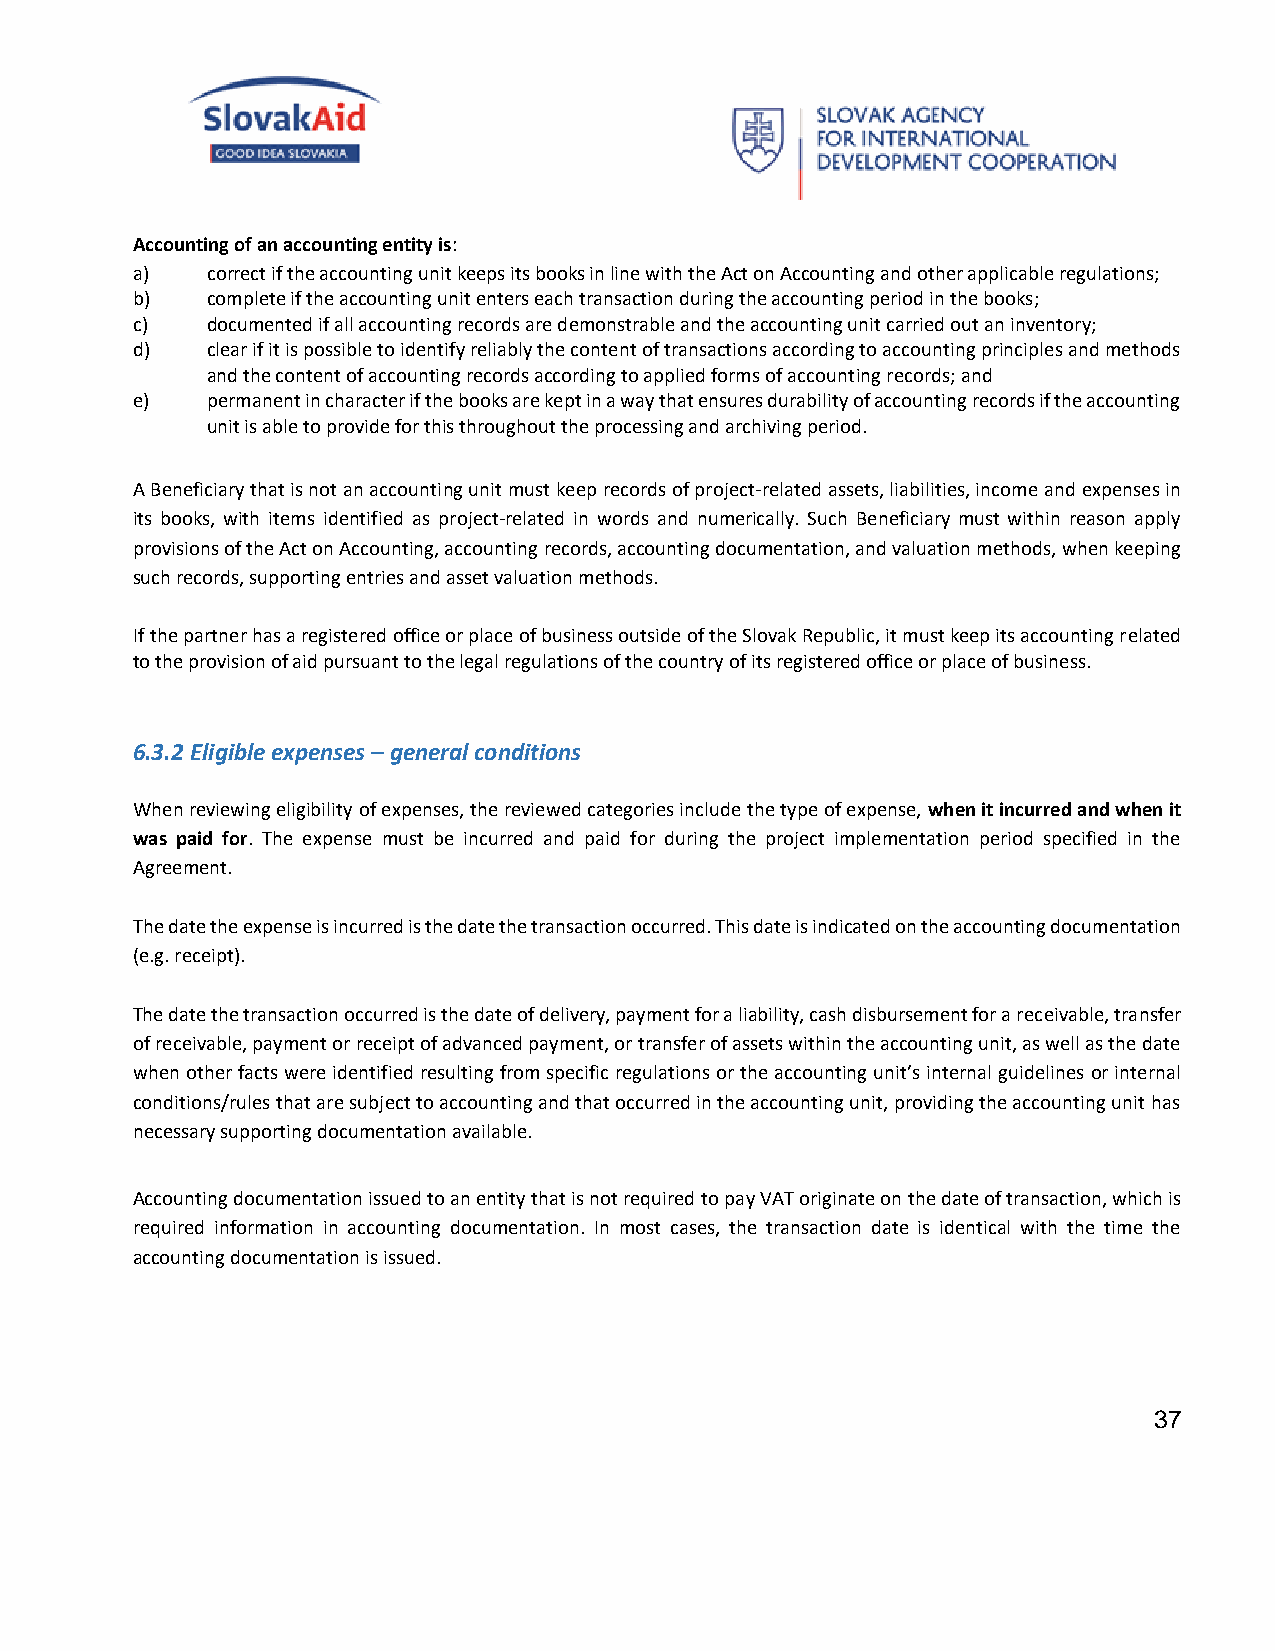
Accounting of an accounting entity is:
 a)   correct if the accounting unit keeps its books in line with the Act on Accounting and other applicable regulations;
 b)   complete if the accounting unit enters each transaction during the accounting period in the books;
 c)   documented if all accounting records are demonstrable and the accounting unit carried out an inventory;
 d)   clear if it is possible to identify reliably the content of transactions according to accounting principles and methods
 and the content of accounting records according to applied forms of accounting records; and
 e)   permanent in character if the books are kept in a way that ensures durability of accounting records if the accounting
 unit is able to provide for this throughout the processing and archiving period.
 A Beneficiary that is not an accounting unit must keep records of project-related assets, liabilities, income and expenses in
 its books, with items identified as project-related in words and numerically. Such Beneficiary must within reason apply
 provisions of the Act on Accounting, accounting records, accounting documentation, and valuation methods, when keeping
 such records, supporting entries and asset valuation methods.
 If the partner has a registered office or place of business outside of the Slovak Republic, it must keep its accounting related
 to the provision of aid pursuant to the legal regulations of the country of its registered office or place of business.
 6.3.2 Eligible expenses – general conditions
 When reviewing eligibility of expenses, the reviewed categories include the type of expense, when it incurred and when it
 was paid for. The expense must be incurred and paid for during the project implementation period specified in the
 Agreement.
 The date the expense is incurred is the date the transaction occurred. This date is indicated on the accounting documentation
 (e.g. receipt).
 The date the transaction occurred is the date of delivery, payment for a liability, cash disbursement for a receivable, transfer
 of receivable, payment or receipt of advanced payment, or transfer of assets within the accounting unit, as well as the date
 when other facts were identified resulting from specific regulations or the accounting unit’s internal guidelines or internal
 conditions/rules that are subject to accounting and that occurred in the accounting unit, providing the accounting unit has
 necessary supporting documentation available.
 Accounting documentation issued to an entity that is not required to pay VAT originate on the date of transaction, which is
 required information in accounting documentation. In most cases, the transaction date is identical with the time the
 accounting documentation is issued.
 37